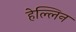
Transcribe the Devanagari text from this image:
हेल्लिन